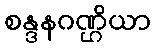
စန္ဒနဂဏ္ဌိယာ